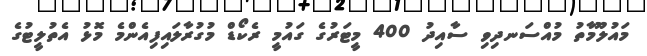
މައުލޫމާތު މުއްސަނދިވި ސާއިދު 400 މީޓަރުގެ ގައުމީ ރެކޯޑް މުގުރާލައިފިއެންމެ މޮޅު އެތުލީޓުގެ